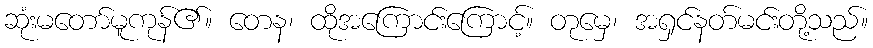
ဆုံးမတော်မူကုန်၏။ တေန၊ ထိုအကြောင်းကြောင့်။ တုမှေ၊ အရှင်နတ်မင်းတို့သည်။